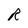
Character: R